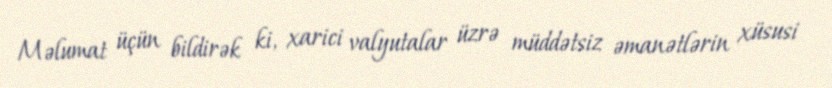
Məlumat üçün bildirək ki, xarici valyutalar üzrə müddətsiz əmanətlərin xüsusi